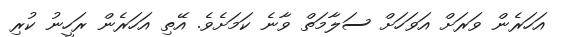
އަހަރެން ވަރަށް އަވަހަށް ސަލާމަތް ވާނެ ކަމަށެވެ. އޭތި އަހަރެން ރަހީނު ކުރި